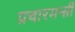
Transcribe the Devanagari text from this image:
प्रचारमन्त्री